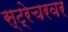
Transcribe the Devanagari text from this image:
स्ट्रेचरवर